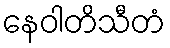
နေဝါတိသီတံ